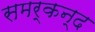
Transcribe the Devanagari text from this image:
समर्कन्द